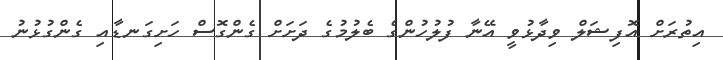
އިތުރަށް އޮފިޝަލް ވިދާޅުވީ އޭނާ ފުލުހުންގެ ބެލުމުގެ ދަށަށް ގެންގޮސް ހަށިގަނޑާއި ގެންގުޅުނު